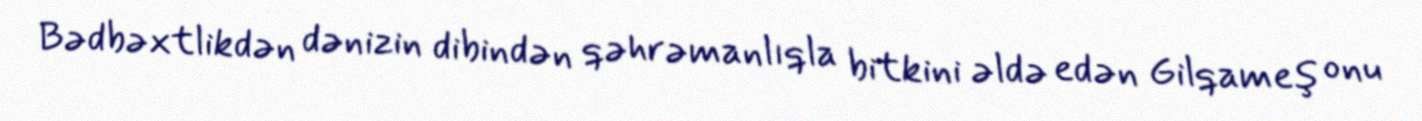
Bədbəxtlikdən dənizin dibindən qəhrəmanlıqla bitkini əldə edən Gilqameş onu